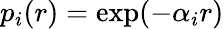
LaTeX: p_{i}(r)=\exp(-\alpha_{i}r)